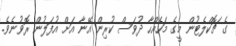
ގެ ޗޮކްލެޓުން މީގެ މަހެއްހާ ދުވަސް ކުރިން އޭނާ އަށް އުފަލުން ރޮވުނެވެ.